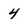
Character: 4